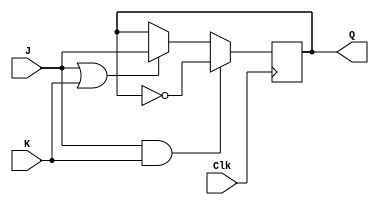
module jk_ff (Clk, J, K, Q);
    input Clk, J, K;
    output Q;
    reg Q;

    always @(posedge Clk) begin
        if (J == 1'b1 && K == 1'b1) begin
            Q <= ~Q;
        end
        else begin
            if (J | K == 1'b1) begin
                Q <= J;
            end
        end
    end
endmodule